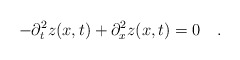
\begin{align*}-\partial_t^2 z(x,t) + \partial_x^2 z(x,t) = 0 \quad.\end{align*}